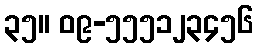
၃၅။ ၀၉-၅၅၅၁၂၃၄၅၆